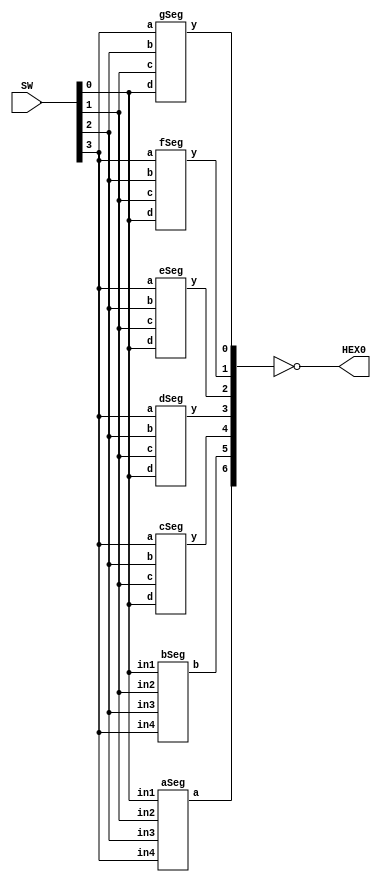
/*module Lab3(SW, HEX0);
	//Seven segment display
	input [0:3] SW;
	output [0:6] HEX0;
	
	sevenSegment myseg(HEX0, SW);
	
	
endmodule*/

module Lab3(SW, HEX0);
	//Seven segment display
	 //reg [0:3] SW;
	 //wire[0:6] HEX0, temp;
	 //wire a, b, c, d, e, f, g;
	 
	input [0:3] SW;
	output [0:6] HEX0;
	wire [0:6] tempHEX0;
	
	
	
	aSeg aS2(tempHEX0[0], SW[0], SW[1], SW[2], SW[3]);
	bSeg bS2(tempHEX0[1], SW[0], SW[1], SW[2], SW[3]);
	cSeg cS2(tempHEX0[2], SW[0], SW[1], SW[2], SW[3]);
	dSeg dS2(tempHEX0[3], SW[0], SW[1], SW[2], SW[3]);
	eSeg eS2(tempHEX0[4], SW[0], SW[1], SW[2], SW[3]);
	fSeg fS2(tempHEX0[5], SW[0], SW[1], SW[2], SW[3]);
	gSeg gS2(tempHEX0[6], SW[0], SW[1], SW[2], SW[3]);
	
	assign HEX0 = ~tempHEX0;
	
	//sevenSegment myseg(HEX0, SW);
	//a,b,c etc.. --> HEX0[0], HEX0[1]....
	/*
	aSeg aS(a, SW[0], SW[1], SW[2], SW[3]);
	bSeg bS(b, SW[0], SW[1], SW[2], SW[3]);
	cSeg cS(c, SW[0], SW[1], SW[2], SW[3]);
	dSeg dS(d, SW[0], SW[1], SW[2], SW[3]);
	eSeg eS(e, SW[0], SW[1], SW[2], SW[3]);
	fSeg fS(f, SW[0], SW[1], SW[2], SW[3]);
	gSeg gS(g, SW[0], SW[1], SW[2], SW[3]);
	*/
endmodule
	
	/*initial
	begin
		#5
		$monitor("hex:%h , segment:%b, notsegment:%b a:%b,b:%b,c:%b,d:%b,e:%b,f:%b,g:%b, ", SW, HEX0, test, a, b, c, d, e, f, g);
		#1
		SW = 'b0000;
		#1
		SW = 'b0001;
		#1
		SW = 'b0010;
		#1
		SW = 'b0011;
		#1
		SW = 'b0100;
		#1
		SW = 'b0101;
		#1
		$finish;
	end*/
//endmodule

module sevenSegment (segment, x);
	input [3:0] x;
	output reg [6:0]segment;
	
	always @(x) 
	begin
		case (x)
		4'b0000 :      	
		segment = 7'b1111110;
		4'b0001 :    		
		segment = 7'b0110000  ;
		4'b0010 :  		
		segment = 7'b1101101 ; 
		4'b0011 : 		
		segment = 7'b1111001 ;
		4'b0100 :		
		segment = 7'b0110011 ;
		4'b0101 :		
		segment = 7'b1011011 ;  
		4'b0110 :		
		segment = 7'b1011111 ;
		4'b0111 :	
		segment = 7'b1110000;
		4'b1000 :     		 
		segment = 7'b1111111;
		4'b1001 :    		
		segment = 7'b1111011 ;
		4'b1010 :  		
		segment = 7'b1110111 ; 
		4'b1011 : 		
		segment = 7'b0011111;
		4'b1100 :		
		segment = 7'b1001110 ;
		4'b1101 :		
		segment = 7'b0111101 ;
		4'b1110 :		
		segment = 7'b1001111 ;
		4'b1111 :		
		segment = 7'b1000111 ;
		endcase
		segment = ~segment; //Active low
	end
endmodule

module aSeg(a, in4, in3, in2, in1);
	input in1, in2, in3, in4;
	output a;
	
	//a = b'd' + a'c + bc + ad' + a'bd + ab'c'
	//(~b&~d)|(~a&c)|(b&c)|(a&~d)|(~a&b&d)|(a&~b&~c)
	assign a = (~in3 & ~in1) | (~in4 & in2) |(in3 & in2) |(in4 & ~in1) |(~in4 & in3 & in1) |(in4 & ~in3 & ~in2);
	
endmodule

module bSeg(b, in4, in3, in2, in1);
	input in1, in2, in3, in4;
	output b;
	
	//b = a'b' + b'd' + a'c'd' + a'cd + ac'd
	assign b = (~in4 & ~in3) | (~in3 & ~in1) | (~in4 & ~in2 & ~in1)| (~in4 & in2 & in1) | (in4 & ~in2 &in1);
	
	
endmodule

module cSeg(y, a, b, c, d);
	input a, b, c, d;
	output y;
	
	//c = a'c' + a'd + c'd + a'b + ab'
	assign y = (~a&~c) | (~a&d) | (~c&d) | (~a&b) | (a&~b);
	
	
endmodule

module dSeg(y, a, b, c, d);
	input a, b, c, d;
	output y;
	
	//d = ac' + a'b'd' + b'cd + bc'd + bcd'
	assign y = (a&~c) | (~a&~b&~d) | (~b&c&d) | (b&~c&d) | (b&c&~d);
	
	
endmodule

module eSeg(y, a, b, c, d);
	input a, b, c, d;
	output y;
	
	//e = b'd' + cd' + ac + ab
	assign y = (~b&~d) | (c&~d) | (a&c) | (a&b);
	
	
endmodule

module fSeg(y, a, b, c, d);
	input a, b, c, d;
	output y;
	
	//f = c'd' + bd' + ab' + ac + a'bc'
	assign y = (~c&~d) | (b&~d) | (a&~b) | (a&c) | (~a&b&~c);
	
	
endmodule

module gSeg(y, a, b, c, d);
	input a, b, c, d;
	output y;
	
	//g = b'c + cd' + ab' + ad + a'bc'
	assign y = (~b&c) | (c&~d) | (a&~b) | (a&d) | (~a&b&~c);
	
	
endmodule

	/*table
	//x3, x2, x1, x0 : a, b, c, d ,e , f, g
	0 0 0 0 : 1 1 1 1 1 1 0;
	0 0 0 1 : 0 1 1 0 0 0 0;
	0 0 1 0 : 1 1 0 1 1 0 1;
	0 0 1 1 : 1 1 1 1 0 0 1;
	0 1 0 0 : 0 1 1 0 0 1 1;
	0 1 0 1 : 1 0 1 1 0 1 1;
	0 1 1 0 : 1 0 1 1 1 1 1;
	0 1 1 1 : 1 1 1 0 0 0 0;
	1 0 0 0 : 1 1 1 1 1 1 1;
	1 0 0 1 : 1 1 1 1 0 1 1; 
	1 0 1 0 : 1 1 1 0 1 1 1;//A
	1 0 1 1 : 0 0 1 1 1 1 1;
	1 1 0 0 : 1 0 0 1 1 1 0;
	1 1 0 1 : 0 1 1 1 1 0 1;
	1 1 1 0 : 1 0 0 1 1 1 1;
	1 1 1 1 : 1 0 0 0 1 1 1;//F
	
	endtable
*/